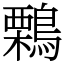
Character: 鷅